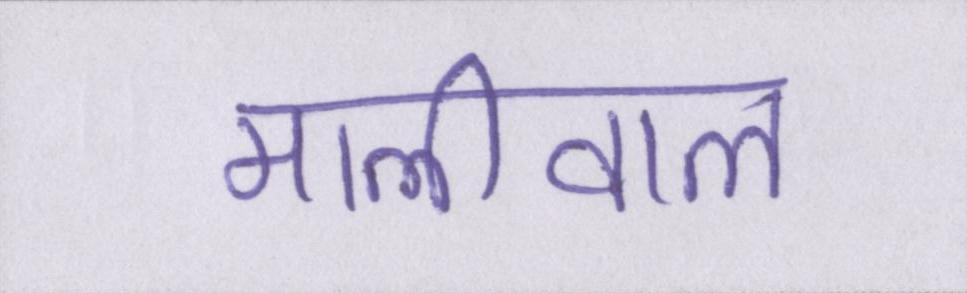
मालीवाल